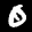
Label: 0